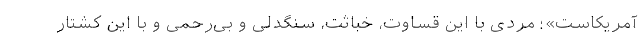
آمریکاست»؛ مردی با این قساوت، خباثت، سنگدلی و بی‌رحمی و با این کشتار